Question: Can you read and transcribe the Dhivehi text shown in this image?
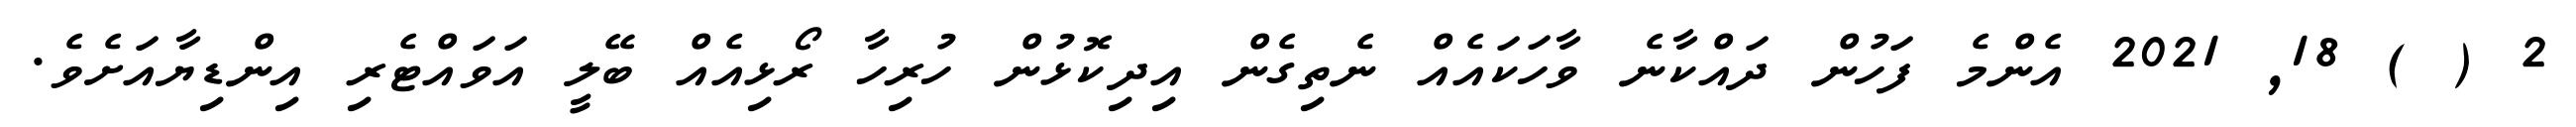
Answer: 2 ( ) 18, 2021 އެންމެ ފަހުން ދައްކާނެ ވާހަކައެއް ނެތިގެން އިދިކޮޅުން ހުރިހާ ރޯޅިއެއް ބޭލީ އަވައްޓެރި އިންޑިޔާއަށެވެ.